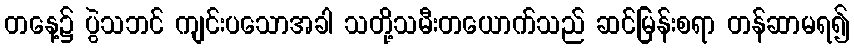
တနေ့၌ ပွဲသဘင် ကျင်းပသောအခါ သတို့သမီးတယောက်သည် ဆင်မြန်းစရာ တန်ဆာမရ၍